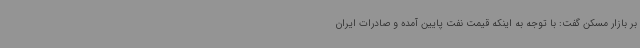
بر بازار مسکن گفت: با توجه به اینکه قیمت نفت پایین آمده و صادرات ایران